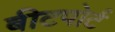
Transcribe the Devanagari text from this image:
बीटपोर्ट